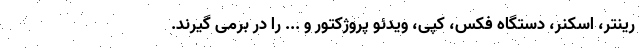
رینتر، اسکنر، دستگاه فکس، کپی، ویدئو پروژکتور و ... را در برمی گیرند.